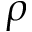
\rho